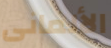
الألمانى